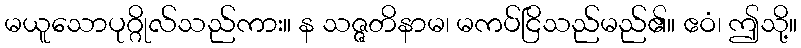
မယူသောပုဂ္ဂိုလ်သည်ကား။ န သဇ္ဇတိနာမ၊ မကပ်ငြိသည်မည်၏။ ဧဝံ၊ ဤသို့။